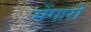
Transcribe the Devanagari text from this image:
मेंगारी